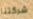
شركتنا